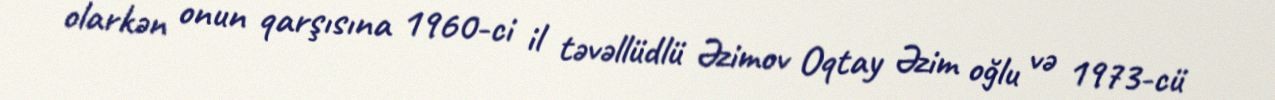
olarkən onun qarşısına 1960-ci il təvəllüdlü Əzimov Oqtay Əzim oğlu və 1973-cü